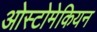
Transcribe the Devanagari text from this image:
ओस्टोमेकियन